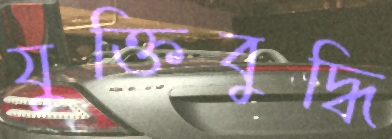
যুক্তিবুদ্ধি